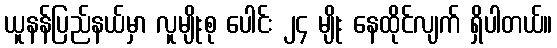
ယူနန်ပြည်နယ်မှာ လူမျိုးစု ပေါင်း ၂၄ မျိုး နေထိုင်လျက် ရှိပါတယ်။